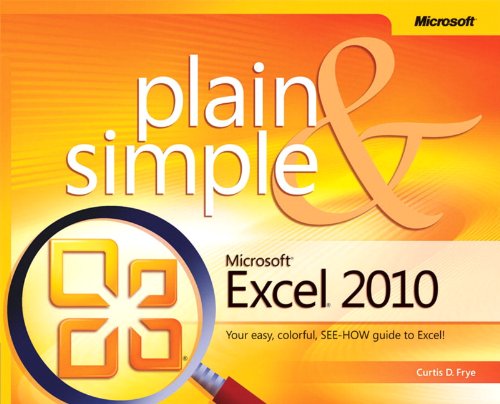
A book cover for Microsoft Excel 2010 Plain & Simple; Curtis Frye; Computers & Technology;